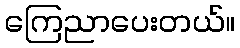
ကြေညာပေးတယ်။